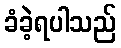
ခံခဲ့ရပါသည်